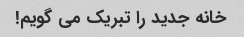
خانه جدید را تبریک می گویم!